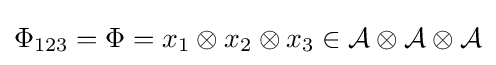
\Phi _{123}=\Phi =x_{1}\otimes x_{2}\otimes x_{3}\in {\mathcal {A\otimes A\otimes A}}